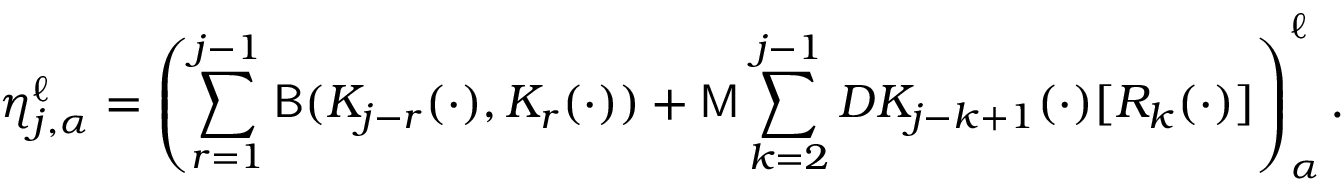
\eta _ { j , \alpha } ^ { \ell } = \left( \sum _ { r = 1 } ^ { j - 1 } \mathsf { B } ( K _ { j - r } ( \cdot ) , K _ { r } ( \cdot ) ) + \mathsf { M } \sum _ { k = 2 } ^ { j - 1 } D K _ { j - k + 1 } ( \cdot ) [ R _ { k } ( \cdot ) ] \right) _ { \alpha } ^ { \ell } .